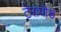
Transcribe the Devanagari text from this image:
टेरापोड